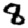
Digit: 8